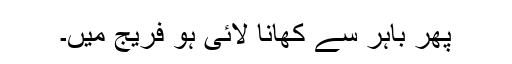
پھر باہر سے کھانا لائی ہو فریج میں۔